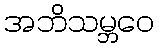
အဘိသမ္ဘဝေ